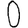
Digit: 0